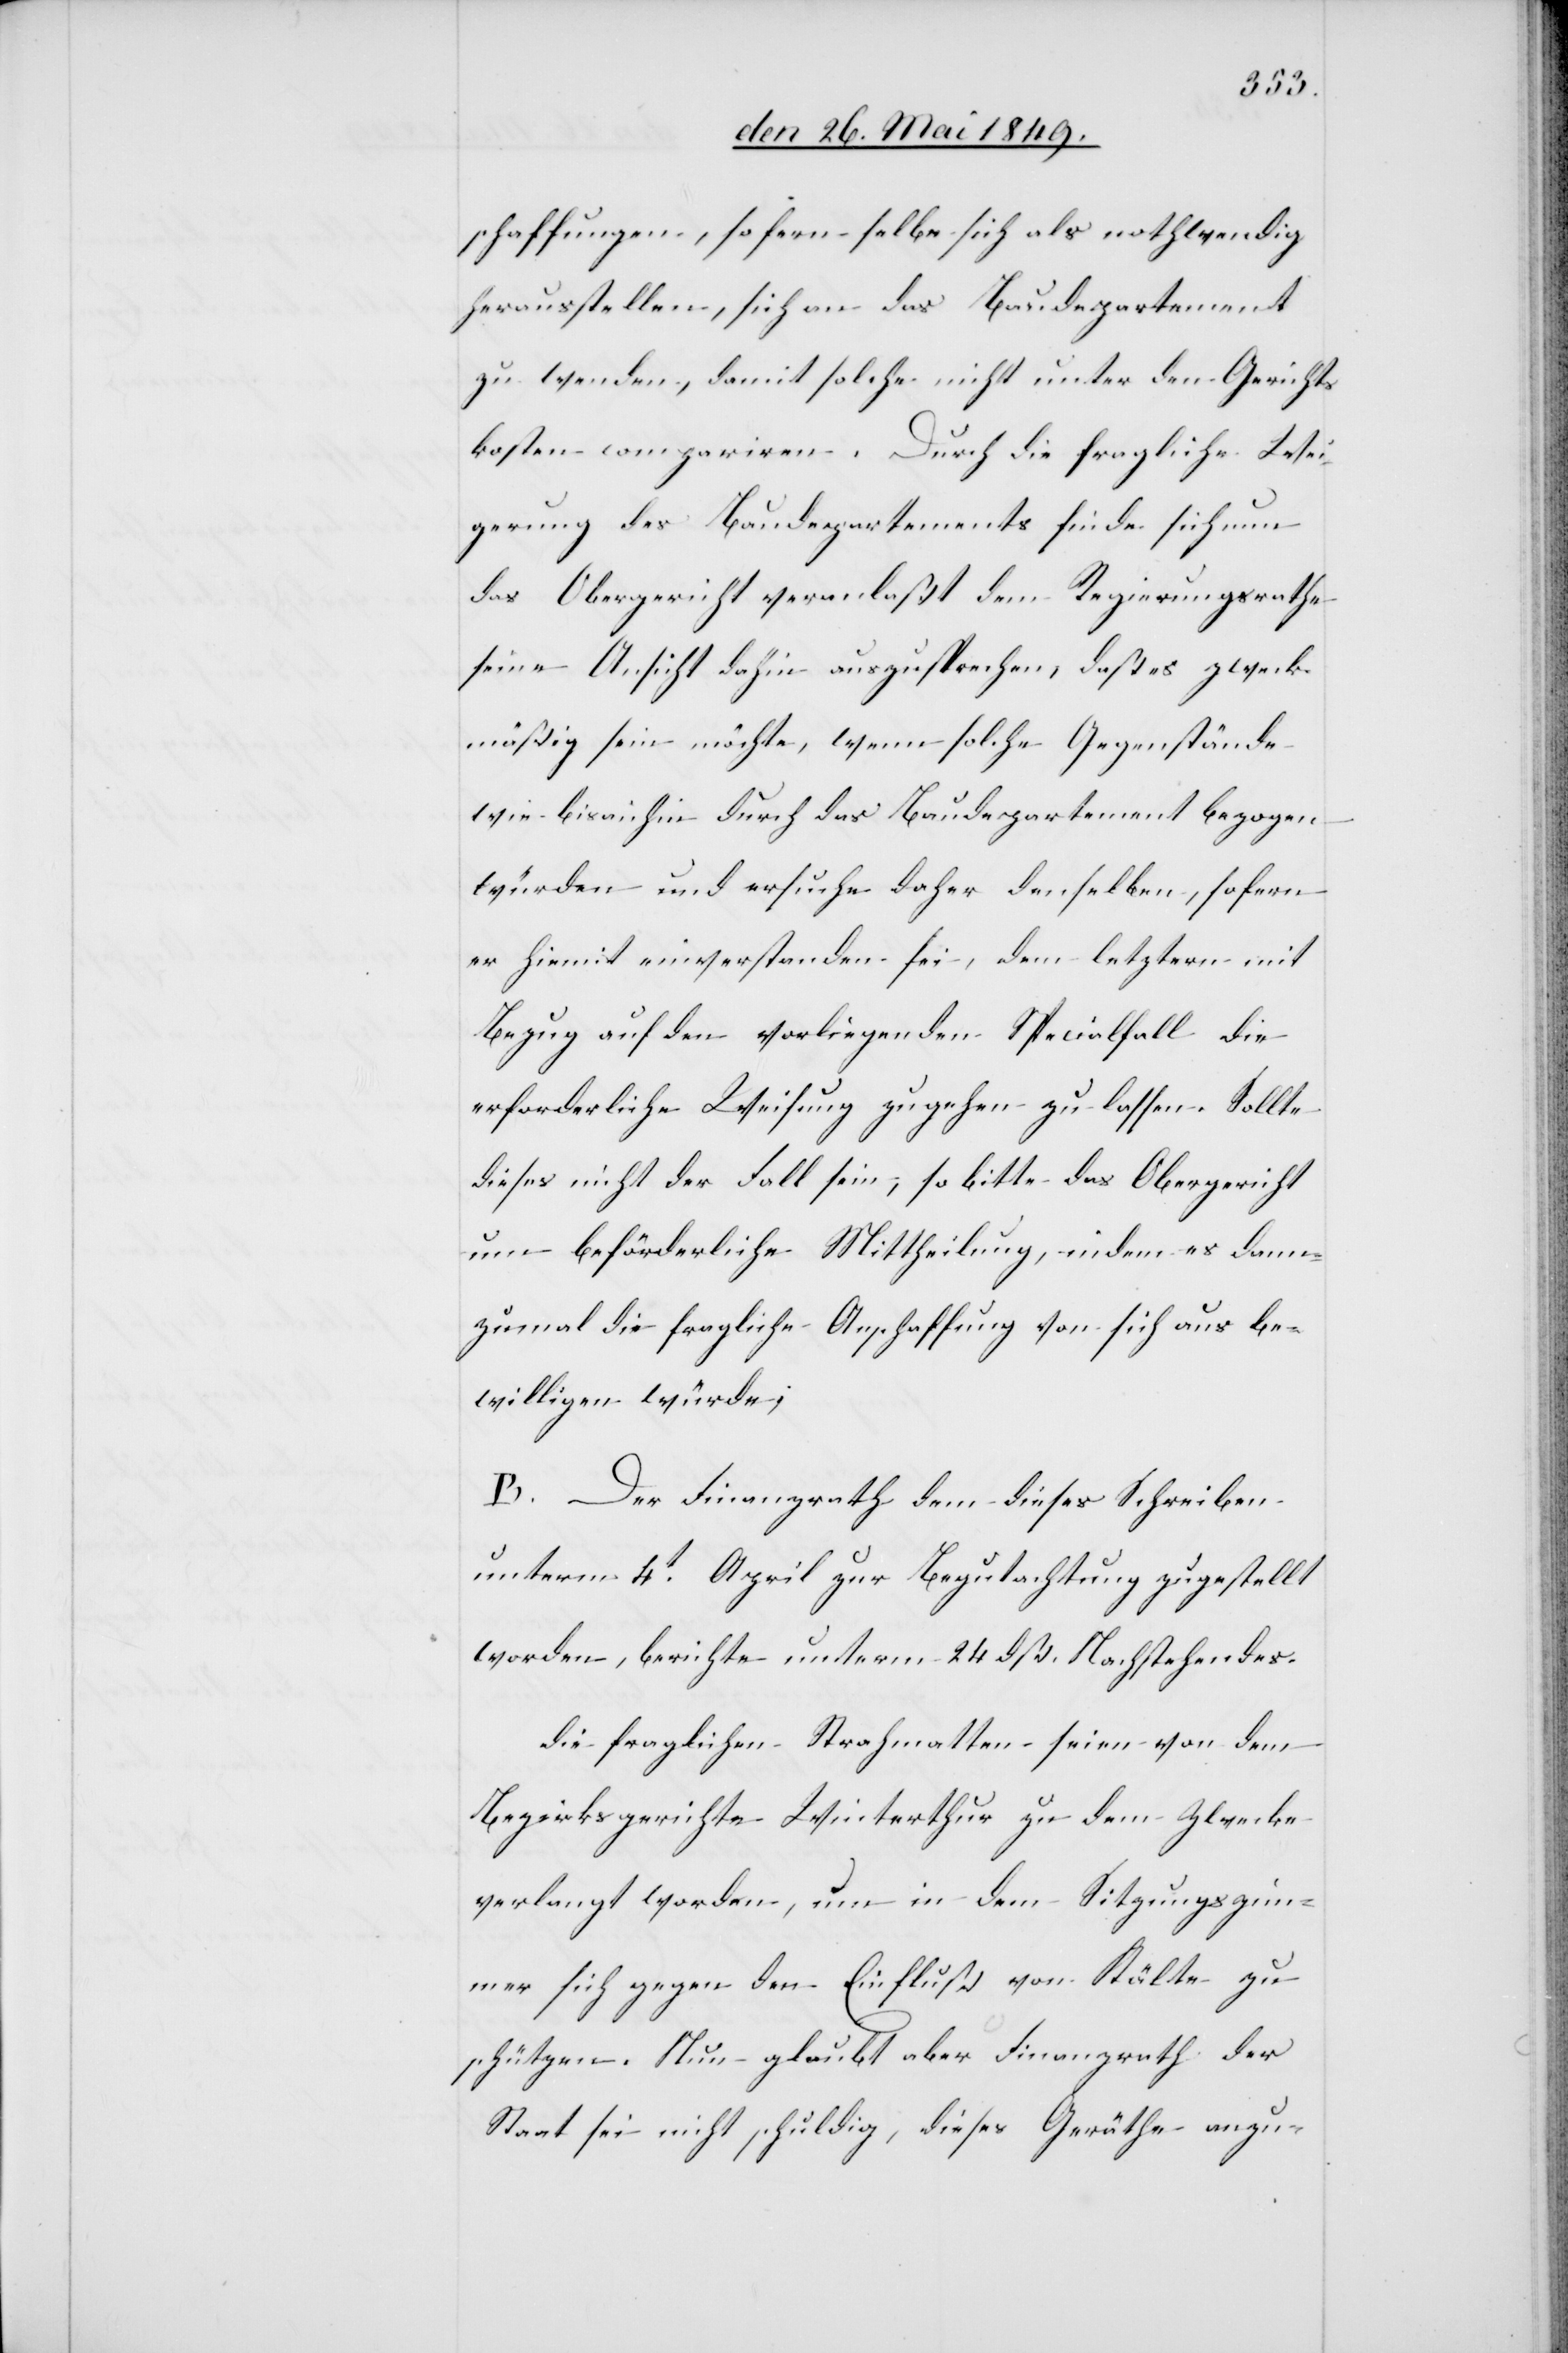
schaffungen, so fern selbe sich als nothwendig
herausstellen, sich an das Baudepartement
zu wenden, damit solche nicht unter den Gerichts¬
kosten compariren. Durch die fragliche Wei¬
gerung des Baudepartements finde sich nun
das Obergericht veranlaßt dem Regierungsrathe
seine Ansicht dahin auszusprechen, daß es zweck¬
mäßig sein möchte, wenn solche Gegenstände
wie bisanhin durch das Baudepartement bezogen
würden und ersuche daher denselben, sofern
er hiemit einverstanden sei, dem letztern mit
Bezug auf den vorliegenden Specialfall die
erforderliche Weisung zugehen zu lassen. Sollte
dieses nicht der Fall sein, so bitte das Obergericht
um beförderliche Mittheilung, indem es dann¬
zumal die fragliche Anschaffung von sich aus be¬
willigen würde;
B. Der Finanzrath dem dieses Schreiben
unterm 4t April zur Begutachtung zugestellt
worden, berichte unterm 24 dß. Nachstehendes.
die fraglichen Strohmatten seien von dem
Bezirksgerichte Winterthur zu dem Zwecke
verlangt worden, um in dem Sitzungszim¬
mer sich gegen den Einfluß von Kälte zu
schützen. Nun glaubt aber [der] Finanzrath der
Staat sei nicht schuldig, dieses Geräthe anzu-